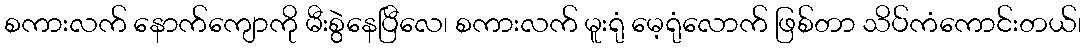
စကားလက် နောက်ကျောကို မီးစွဲနေပြီလေ၊ စကားလက် မူးရုံ မေ့ရုံလောက် ဖြစ်တာ သိပ်ကံကောင်းတယ်၊